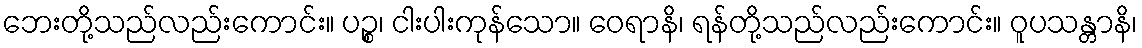
ဘေးတို့သည်လည်းကောင်း။ ပဉ္စ၊ ငါးပါးကုန်သော။ ဝေရာနိ၊ ရန်တို့သည်လည်းကောင်း။ ဝူပသန္တာနိ၊